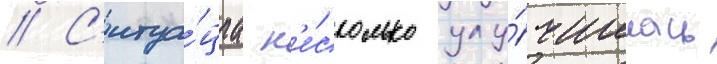
// С'итуа́циа н'е́сколько улу́чшилась